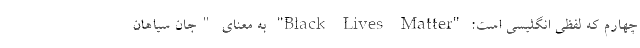
چهارم که لفظی انگلیسی است: "Black Lives Matter" به معنای "جان سیاهان